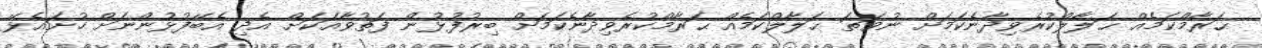
ޙަރާމްކަމެއް ޙަލާލްކުރެވިދާނެކަމަށް ނުވަތަ ޙަލާލްކަމެއް ޙަރާމްކުރެވިދާނެކަމަށް ބިރުފުޅުން ފަތުވާއަކަށް އެދި އެބޭފުޅުންނަށް ހުށައެޅޭ